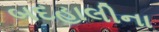
બદહાલીના